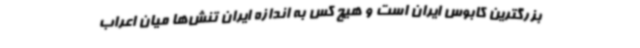
بزرگترین کابوس ایران است و هیچ کس به اندازه ایران تنش‌ها میان اعراب